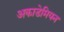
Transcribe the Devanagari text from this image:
अकाडेमियन